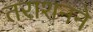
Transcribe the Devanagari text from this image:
तराशनने